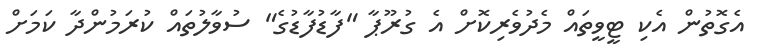
އެގޮތުން އެކި ޓީވީތައް މެދުވެރިކޮށް އެ ގުރޫޕާ "ފާޑުފާޑުގެ" ސުވާލުތައް ކުރަމުންދާ ކަމަށް